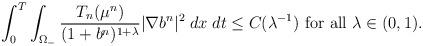
LaTeX: \begin{align*}\int_0^T \int_{\Omega_{-}}\frac{T_n(\mu^n)}{(1+b^n)^{1+\lambda}} |\nabla b^n|^2\; dx\; dt \le C(\lambda^{-1}) \textrm{ for all } \lambda \in (0,1).\end{align*}